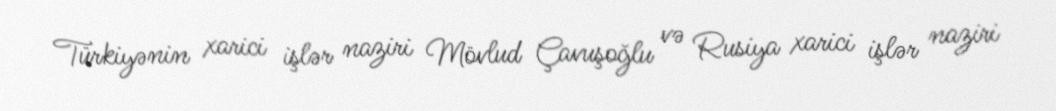
Türkiyənin xarici işlər naziri Mövlud Çavuşoğlu və Rusiya xarici işlər naziri